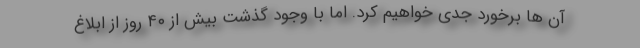
آن ها برخورد جدی خواهیم کرد. اما با وجود گذشت بیش از ۴۰ روز از ابلاغ